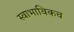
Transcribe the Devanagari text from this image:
स्‍वाभाविकच